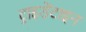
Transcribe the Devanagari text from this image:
ट्राइडेंटाइन